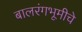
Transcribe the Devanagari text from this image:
बालरंगभूमीचे